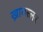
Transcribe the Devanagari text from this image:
ख्रायस्लर